Plague in India, 1896, 1897 - Volume 3
Year: 1896
Disease focus: Plague
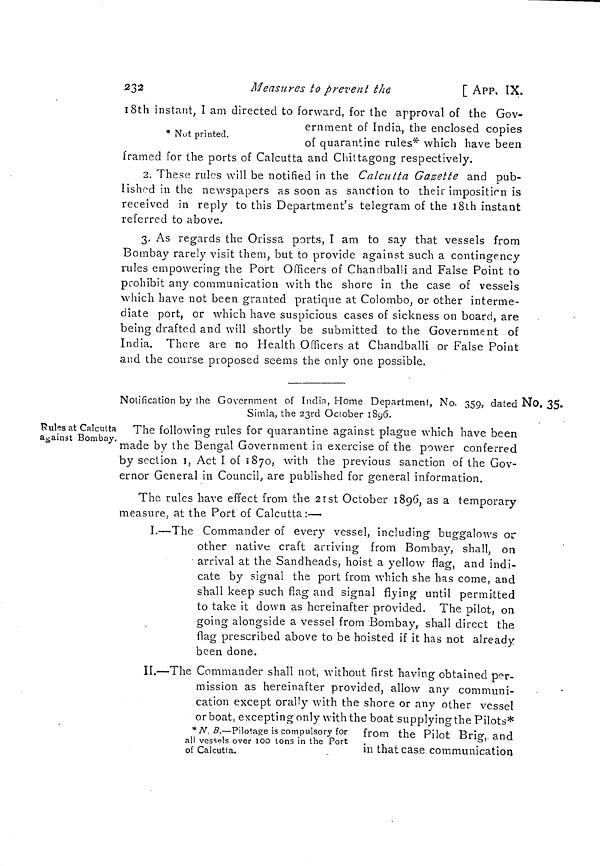
232
Measures to prevent the
[ APP. IX.
* Nut printed.
18th instant. I am directed to forward, for the approval of the Gov-
ernment of India, the enclosed copies
of quarantine rules* which have been
framed for the ports of Calcutta and Chittagong respectively.
2. These rules will be notified in the Calcutta Gazette and pub-
lishod in the newspapers as soon as sanction to their imposition is
received in reply to this Department's telegram of the 18th instant
referred to above.
3. As regards the Orissa ports, I am to say that vessels from
Bombay rarely visit them, but to provide against such a contingency
rules empowering the Port Officers of Chandballi and False Point to
prohibit any communication with the shore in the case of vessels
which have not been granted pratique at Colombo, or other interme-
diate port, or which have suspicious cases of sickness on board, are
being drafted and will shortly be submitted to the Government of
India. There are no Health Officers at Chandballi or False Point
and the course proposed seems the only one possible.
No. 35.
Notification by the Government of India, Home Department, No. 359, dated
Simla, the 23rd October 1896.
Rules at Calcutta
against Bombay.
The following rules for quarantine against plague which have been
made by the Bengal Government in exercise of the power conferred
by section 1, Act I of 1870, with the previous sanction of the Gov-
ernor General in Council; are published for general information.
The rules have effect from the 21st October 1896, as a temporary
measure, at the Port of Calcutta:—
I.—The Commander of every vessel, including buggalows or
other native craft arriving from Bombay, shall, on
arrival at the Sandheads, hoist a yellow flag, and indi-
cate by signal the port from which she has come, and
shall keep such flag and signal flying until permitted
to take it down as hereinafter provided. The pilot, on
going alongside a vessel from Bombay, shall direct the
flag prescribed above to be hoisted if it has not already
been done.
* N. B.—Pilotage is compulsory for
all vessels over 100 tons in the Port
of Calcutta.
II.—The Commander shall not, without first having obtained per-
mission as hereinafter provided, allow any communi-
cation except orally with the shore or any other vessel
or boat, excepting only with the boat supplying the Pilots*
from the Pilot Brig, and
in that case communication